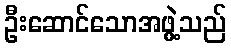
ဦးဆောင်သောအဖွဲ့သည်